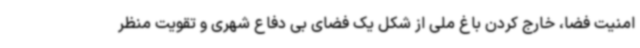
امنیت فضا، خارج کردن باغ ملی از شکل یک فضای بی دفاع شهری و تقویت منظر